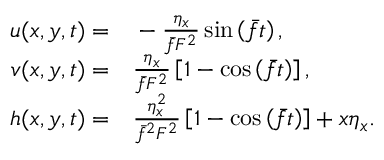
\begin{array} { r l } { u ( x , y , t ) = } & { { } - \frac { \eta _ { x } } { \bar { f } F ^ { 2 } } \sin \left( \bar { f } t \right) , } \\ { v ( x , y , t ) = } & { { } \frac { \eta _ { x } } { \bar { f } F ^ { 2 } } \left[ 1 - \cos \left( \bar { f } t \right) \right] , } \\ { h ( x , y , t ) = } & { { } \frac { \eta _ { x } ^ { 2 } } { \bar { f } ^ { 2 } F ^ { 2 } } \left[ 1 - \cos \left( \bar { f } t \right) \right] + x \eta _ { x } . } \end{array}